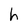
Character: h